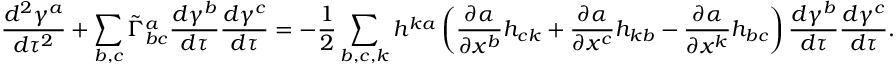
\frac { d ^ { 2 } \gamma ^ { a } } { d \tau ^ { 2 } } + \sum _ { b , c } \tilde { \Gamma } _ { b c } ^ { a } \frac { d \gamma ^ { b } } { d \tau } \frac { d \gamma ^ { c } } { d \tau } = - \frac { 1 } { 2 } \sum _ { b , c , k } h ^ { k a } \left( \frac { \partial \alpha } { \partial x ^ { b } } h _ { c k } + \frac { \partial \alpha } { \partial x ^ { c } } h _ { k b } - \frac { \partial \alpha } { \partial x ^ { k } } h _ { b c } \right) \frac { d \gamma ^ { b } } { d \tau } \frac { d \gamma ^ { c } } { d \tau } .